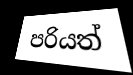
පරියත්